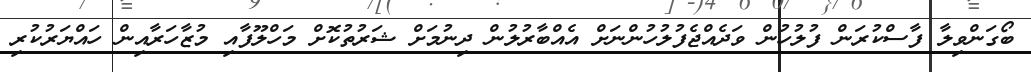
ބޯގަންވިލާ ފާސްކުރަން ފުލުހުން ވަދެއްޖެފުލުހުންނަށް އެއްބާރުލުން ދިނުމަށް ޝަރުތުކޮށް މަހްލޫފާއި މުޒާހަރާއިން ހައްޔަރުކުރި